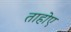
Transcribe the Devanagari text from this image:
ताहोए